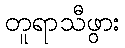
တူရာသီဖွား